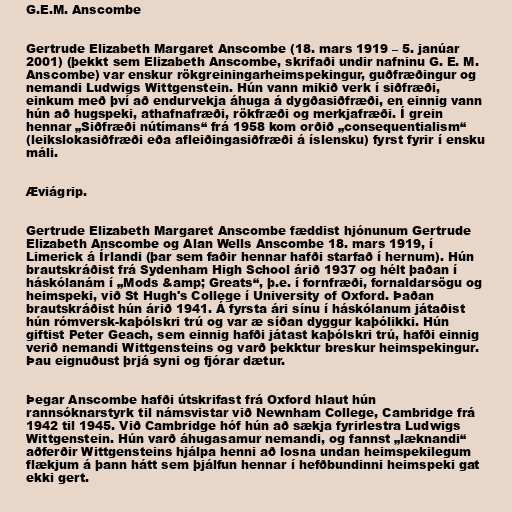
G.E.M. Anscombe

Gertrude Elizabeth Margaret Anscombe (18. mars 1919 – 5. janúar
2001) (þekkt sem Elizabeth Anscombe, skrifaði undir nafninu G. E. M.
Anscombe) var enskur rökgreiningarheimspekingur, guðfræðingur og
nemandi Ludwigs Wittgenstein. Hún vann mikið verk í siðfræði,
einkum með því að endurvekja áhuga á dygðasiðfræði, en einnig vann
hún að hugspeki, athafnafræði, rökfræði og merkjafræði. Í grein
hennar „Siðfræði nútímans“ frá 1958 kom orðið „consequentialism“
(leikslokasiðfræði eða afleiðingasiðfræði á íslensku) fyrst fyrir í ensku
máli.

Æviágrip.

Gertrude Elizabeth Margaret Anscombe fæddist hjónunum Gertrude
Elizabeth Anscombe og Alan Wells Anscombe 18. mars 1919, í
Limerick á Írlandi (þar sem faðir hennar hafði starfað í hernum). Hún
brautskráðist frá Sydenham High School árið 1937 og hélt þaðan í
háskólanám í „Mods &amp; Greats“, þ.e. í fornfræði, fornaldarsögu og
heimspeki, við St Hugh's College í University of Oxford. Þaðan
brautskráðist hún árið 1941. Á fyrsta ári sínu í háskólanum játaðist
hún rómversk-kaþólskri trú og var æ síðan dyggur kaþólikki. Hún
giftist Peter Geach, sem einnig hafði játast kaþólskri trú, hafði einnig
verið nemandi Wittgensteins og varð þekktur breskur heimspekingur.
Þau eignuðust þrjá syni og fjórar dætur.

Þegar Anscombe hafði útskrifast frá Oxford hlaut hún
rannsóknarstyrk til námsvistar við Newnham College, Cambridge frá
1942 til 1945. Við Cambridge hóf hún að sækja fyrirlestra Ludwigs
Wittgenstein. Hún varð áhugasamur nemandi, og fannst „læknandi“
aðferðir Wittgensteins hjálpa henni að losna undan heimspekilegum
flækjum á þann hátt sem þjálfun hennar í hefðbundinni heimspeki gat
ekki gert.